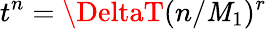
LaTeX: t^{n}=\DeltaT(n/\mathit{M}_{1})^{r}